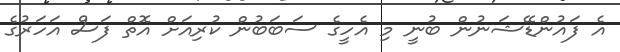
އެ ފައުންޑޭޝަނުން ބުނީ މި އެހީގެ ސަބަބުން ކުރިއަށް އޮތް ފަސް އަހަރުގެ